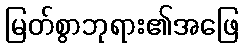
မြတ်စွာဘုရား၏အဖြေ